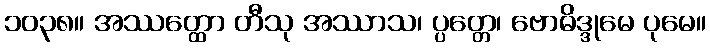
၁၀၃၈။ အဿတ္ထော တီသု အဿာသ၊ ပ္ပတ္တေ၊ ဗောဓိဒ္ဒုမေ ပုမေ။